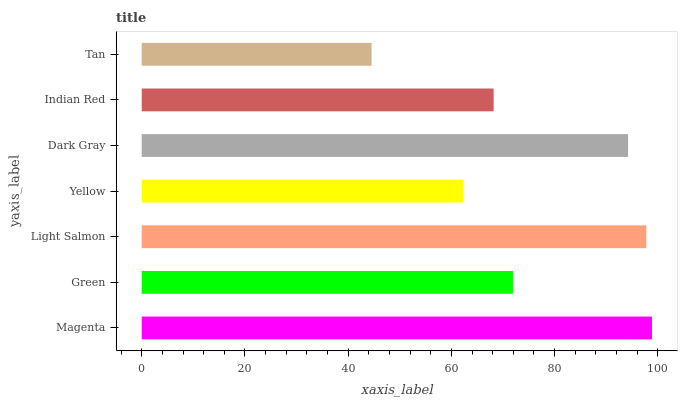
| yaxis_label | bars |
 | --- | --- |
 | Magenta | 98.9 |
 | Green | 71.9 |
 | Light Salmon | 97.8 |
 | Yellow | 62.3 |
 | Dark Gray | 94.2 |
 | Indian Red | 68.2 |
 | Tan | 44.5 |